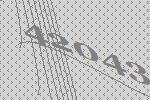
42043